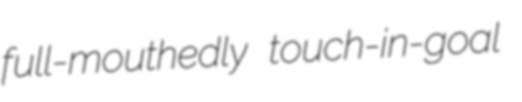
full-mouthedly touch-in-goal